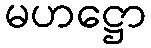
မဟဋ္ဌော